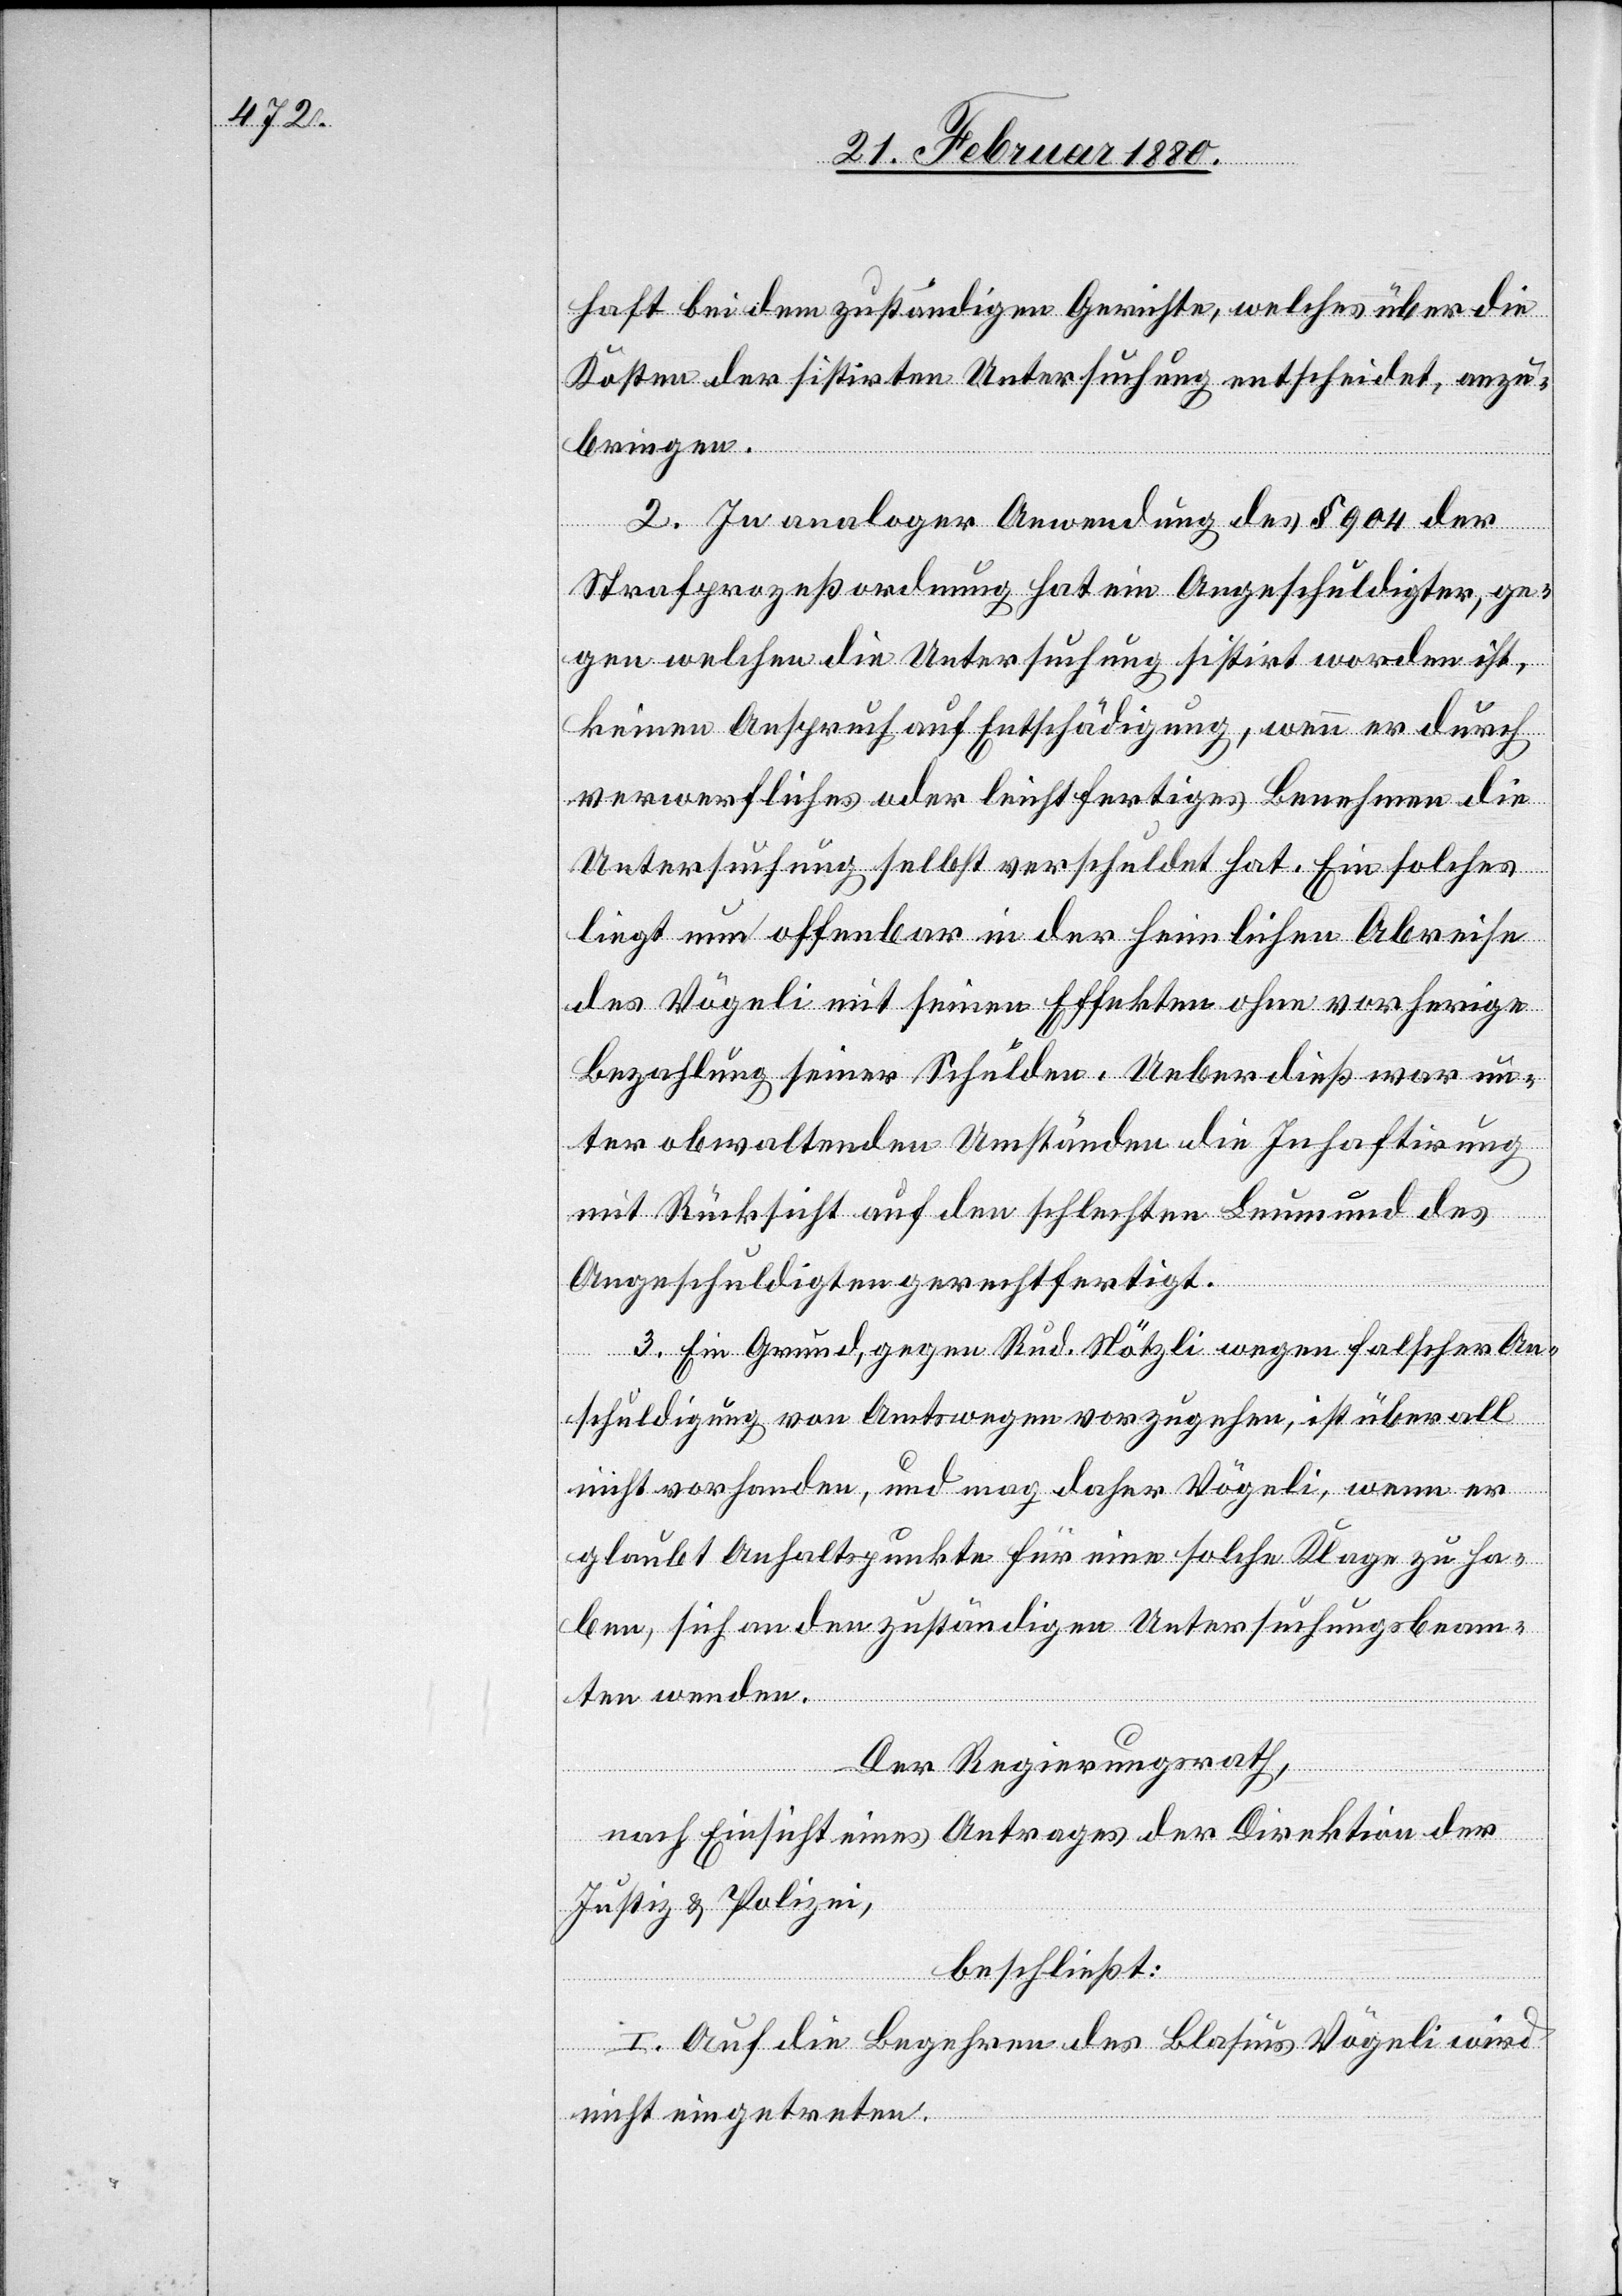
haft bei dem zuständigen Gerichte, welches über die
Kosten der sistirten Untersuchung entscheidet, anzu¬
bringen.
2. In analoger Anwendung des § 904 der
Strafprozeßordnung hat ein Angeschuldigter, ge¬
gen welchen die Untersuchung sistirt worden ist,
keinen Anspruch auf Entschädigung, wenn er durch
verwerfliches oder leichtfertiges Benehmen die
Untersuchung selbst verschuldet hat. Ein solches
liegt nun offenbar in der heimlichen Abreise
des Vögeli mit seinen Effekten ohne vorherige
Bezahlung seiner Schulden. Ueberdieß war un¬
ter obwaltenden Umständen die Inhaftirung
mit Rücksicht auf den schlechten Leumund des
Angeschuldigten gerechtfertigt.
3. Ein Grund, gegen Rud. Nötzli wegen falscher An¬
schuldigung von Amtswegen vorzugehen, ist überall
nicht vorhanden, und mag daher Vögeli, wenn er
glaubt Anhaltspunkte für eine solche Klage zu ha¬
ben, sich an den zuständigen Untersuchungsbeam¬
ten wenden.
Der Regierungsrath,
nach Einsicht eines Antrages der Direktion der
Justiz & Polizei,
beschließt:
I. Auf die Begehren des Blasius Vögeli wird
nicht eingetreten.